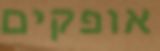
אופקים